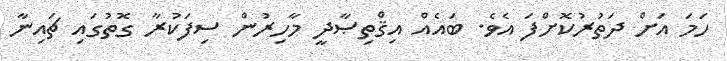
ހަމަ އަށް ދަތުރުކޮށްފަ އެވެ. ބައެއް އިޤްތިޞާދީ މާހިރުން ސިފަކުރާ ގޮތުގައި ޗައިނާ